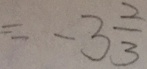
= - 3 \frac { 2 } { 3 }